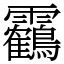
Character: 靏